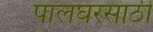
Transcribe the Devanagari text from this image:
पालघरसाठी